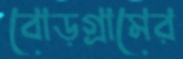
বোড়গ্রামের